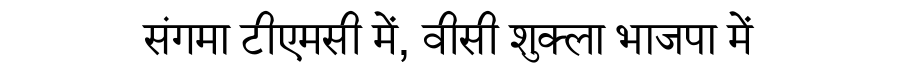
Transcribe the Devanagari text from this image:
संगमा टीएमसी में, वीसी शुक्ला भाजपा में